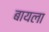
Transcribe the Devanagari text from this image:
बायला